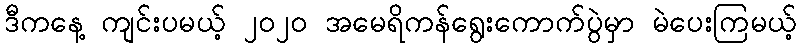
ဒီကနေ့ ကျင်းပမယ့် ၂၀၂၀ အမေရိကန်ရွေးကောက်ပွဲမှာ မဲပေးကြမယ့်